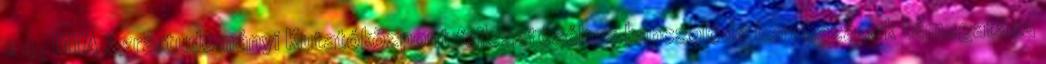
c 4. MTA Agrártudományi Kutatóközpont fejlesztéséhez kapcsolódó beruházások támogatása